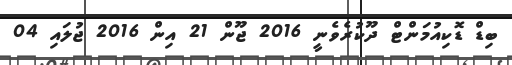
ބިޑް ޑޮކިއުމަންޓް ދޫކުރެވެނީ 2016 ޖޫން 21 އިން 2016 ޖުލައި 04